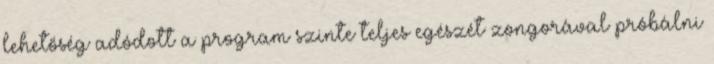
lehetőség adódott a program szinte teljes egészét zongorával próbálni